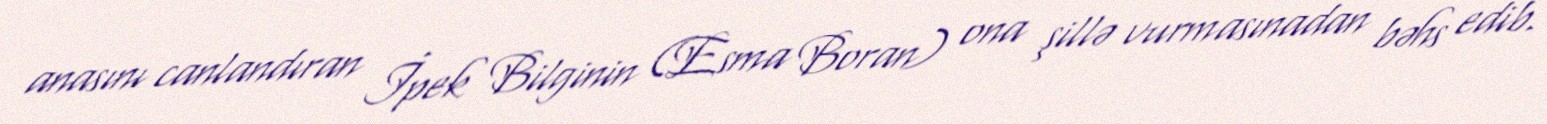
anasını canlandıran İpek Bilginin (Esma Boran) ona şillə vurmasınadan bəhs edib.